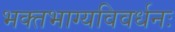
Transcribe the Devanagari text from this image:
भक्‍तभाग्यविवर्धनः